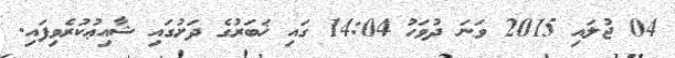
04 ޖުލައި 2015 ވަނަ ދުވަހު 14:04 ގައި ޚަބަރުގެ ދަށުގައި ޝާއިޢުކުރެވިފައި.